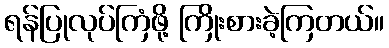
ရန်ပြုလုပ်ကြံဖို့ ကြိုးစားခဲ့ကြတယ်။